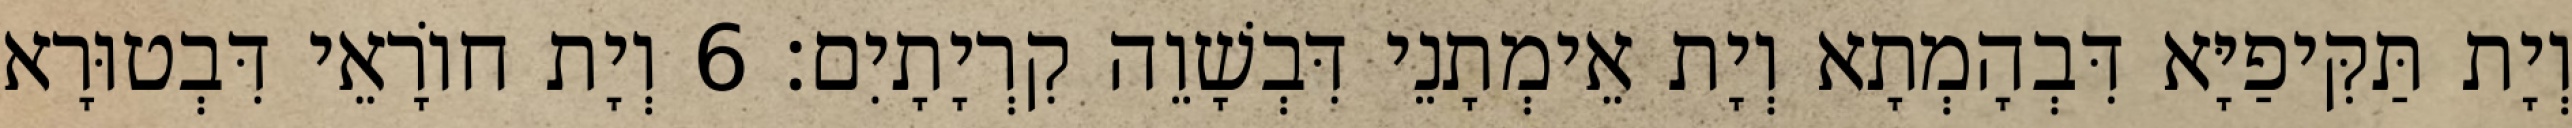
וְיָת תַּקִּיפַיָּא דִּבְהָמְתָא וְיָת אֵימְתָנֵי דִּבְשָׁוֵה קִרְיָתָיִם׃ 6 וְיָת חוֹרָאֵי דִּבְטוּרָא